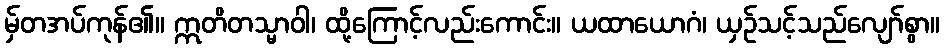
မှ်တအပ်ကုန်၏။ ဣတိတသ္မာဝါ၊ ထို့ကြောင့်လည်းကောင်း။ ယထာယောဂံ၊ ယှဉ်သင့်သည်လျော်စွာ။